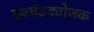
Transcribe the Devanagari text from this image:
स्वयंउद्योजक